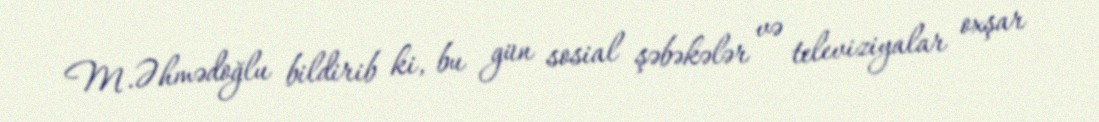
M.Əhmədoğlu bildirib ki, bu gün sosial şəbəkələr və televiziyalar oxşar